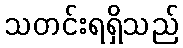
သတင်းရရှိသည်